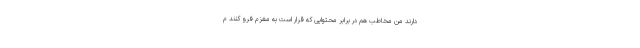
دارند من مخاطب هم در برابر محتوایی که قرار است به مغزم فرو کنند م